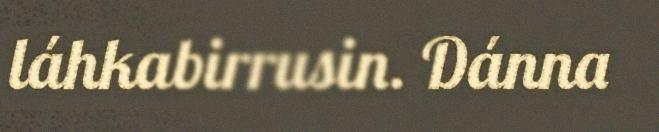
láhkabirrusin. Dánna